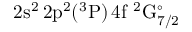
\mathrm { 2 s ^ { 2 } \, 2 p ^ { 2 } ( ^ { 3 } P ) \, 4 f ~ ^ { 2 } G _ { 7 / 2 } ^ { \circ } }